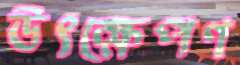
উৎক্ষেপণ